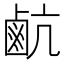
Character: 䴚